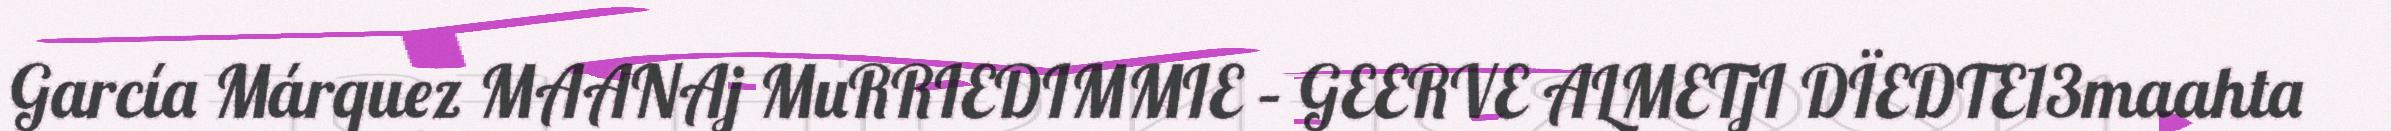
García Márquez MAANAj MuRRIEDIMMIE – GEERVE ALMETjI DÏEDTE13maahta